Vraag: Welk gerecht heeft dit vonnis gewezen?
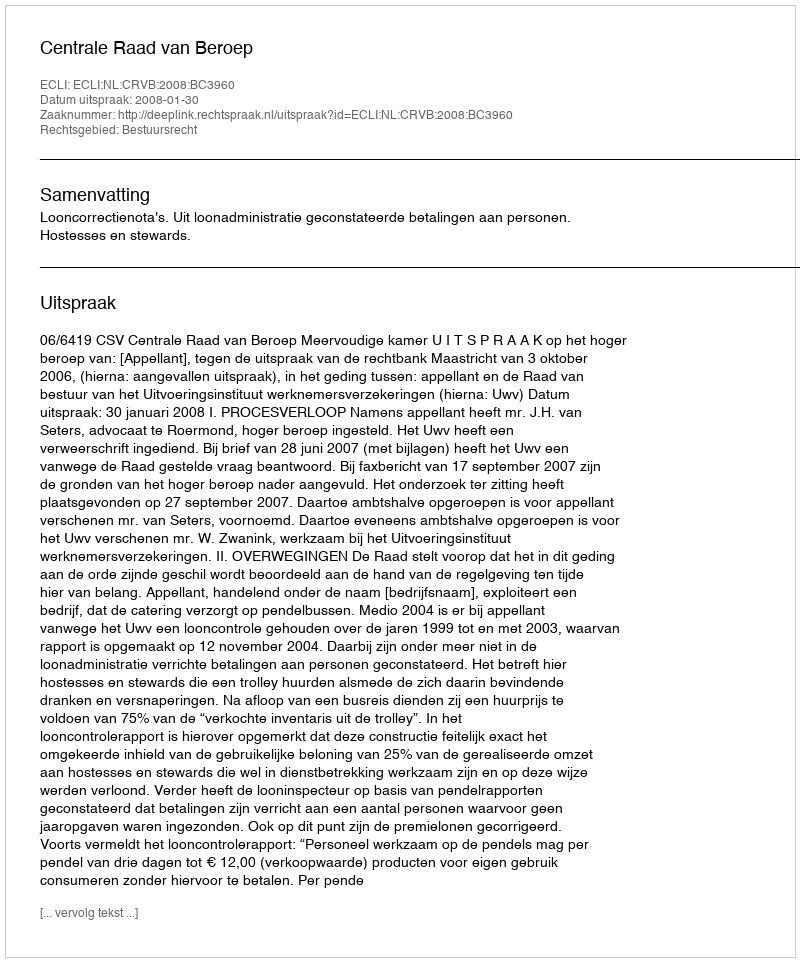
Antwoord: Centrale Raad van Beroep